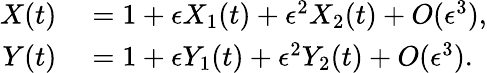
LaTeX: \begin{array}{rl}{X(t)}&{{}=1+\epsilon X_{1}(t)+\epsilon^{2}X_{2}(t)+O(\epsilon^{3}),}\\ {Y(t)}&{{}=1+\epsilon Y_{1}(t)+\epsilon^{2}Y_{2}(t)+O(\epsilon^{3}).}\end{array}